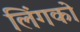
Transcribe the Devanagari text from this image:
लिंगको